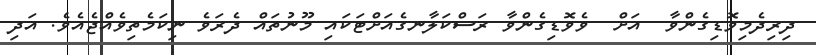
ދިރިދެމިވޮޑިގެންވާ  އަށް  ވެވޮޑިގެންވާ ރަސްކަލާނގެއަށްޓަކައި މޫނުތައް ދެރަވެ ނިކަމެތިވެއްޖެއެވެ. އަދި